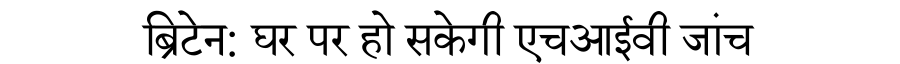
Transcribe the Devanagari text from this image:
ब्रिटेन: घर पर हो सकेगी एचआईवी जांच